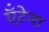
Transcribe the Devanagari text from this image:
ऍंटेना